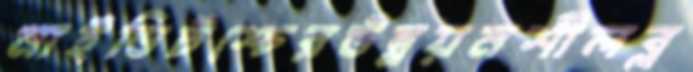
নাইডিটশ্চেরউন্নয়নশীলব্ল